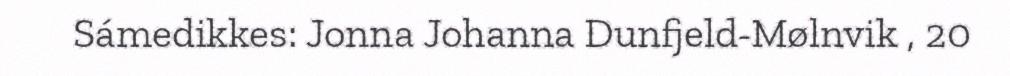
Sámedikkes: Jonna Johanna Dunfjeld-Mølnvik , 20